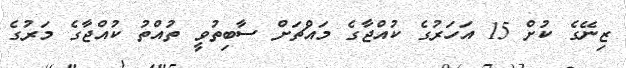
ޒިނޭގެ ކުށް 15 އަހަރުގެ ކުއްޖާގެ މައްޗަށް ސާބިތުވީ ތުއްތު ކުއްޖާގެ މަރުގެ